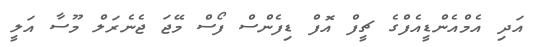
އަދި އެމްއެންޑީއެފްގެ ޗީފް އޮފް ޑިފެންސް ފޯސް މޭޖަ ޖެނެރަލް މޫސާ އަލީ